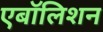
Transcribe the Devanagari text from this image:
एबॉलिशन